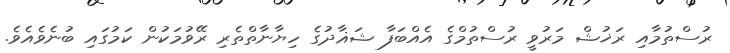
ރުސްތުމާއި ރަޚުޝް މަރުވީ ރުސްތުމްގެ އެއްބަފާ ޝަޣާދުގެ ހިޔާނާތްތެރި ރޭވުމަކުން ކަމުގައި ބުނެވެއެވެ.